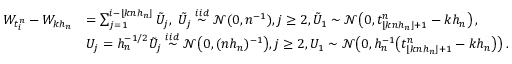
\begin{array} { r l } { W _ { t _ { i } ^ { n } } - W _ { k h _ { n } } } & { = \sum _ { j = 1 } ^ { i - \lfloor k n h _ { n } \rfloor } \tilde { U } _ { j } , ~ \tilde { U } _ { j } \stackrel { i i d } { \sim } \mathcal { N } ( 0 , n ^ { - 1 } ) , j \ge 2 , \tilde { U } _ { 1 } \sim \mathcal { N } \big ( 0 , t _ { \lfloor k n h _ { n } \rfloor + 1 } ^ { n } - k h _ { n } \big ) \, , } \\ & { U _ { j } = h _ { n } ^ { - 1 / 2 } \tilde { U } _ { j } \stackrel { i i d } { \sim } \mathcal { N } \big ( 0 , ( n h _ { n } ) ^ { - 1 } \big ) , j \ge 2 , U _ { 1 } \sim \mathcal { N } \big ( 0 , h _ { n } ^ { - 1 } \big ( t _ { \lfloor k n h _ { n } \rfloor + 1 } ^ { n } - k h _ { n } \big ) \big ) \, . } \end{array}